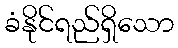
ခံနိုင်ရည်ရှိသော